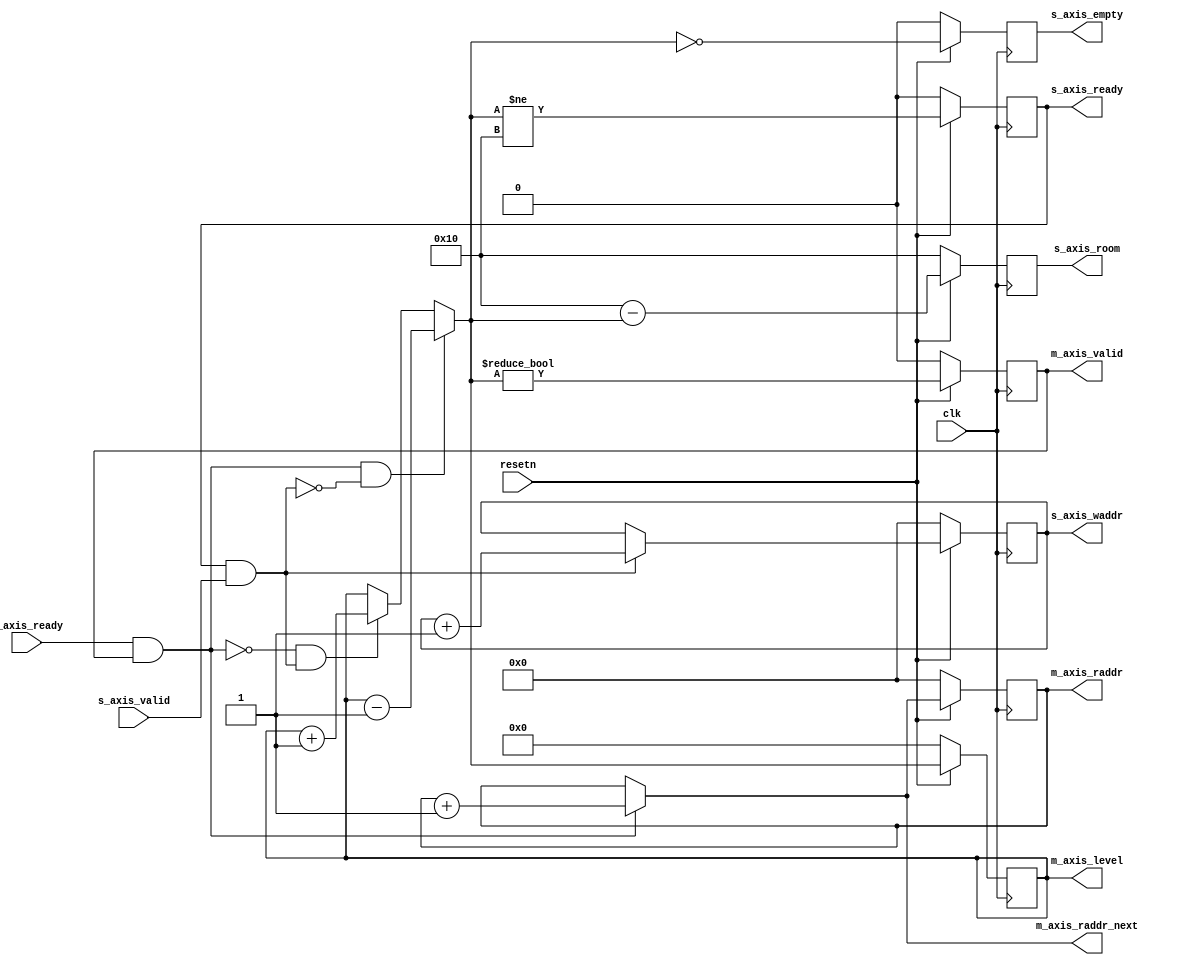
module fifo_address_sync (
	input clk,
	input resetn,

	input m_axis_ready,
	output reg m_axis_valid,
	output reg  [C_ADDRESS_WIDTH-1:0] m_axis_raddr,
	output reg [C_ADDRESS_WIDTH-1:0] m_axis_raddr_next,
	output [C_ADDRESS_WIDTH:0] m_axis_level,

	output reg s_axis_ready,
	input s_axis_valid,
	output reg s_axis_empty,
	output reg [C_ADDRESS_WIDTH-1:0] s_axis_waddr,
	output [C_ADDRESS_WIDTH:0] s_axis_room
);

parameter C_ADDRESS_WIDTH = 4;

reg [C_ADDRESS_WIDTH:0] room = 2**C_ADDRESS_WIDTH;
reg [C_ADDRESS_WIDTH:0] level = 'h00;
reg [C_ADDRESS_WIDTH:0] level_next;

assign s_axis_room = room;
assign m_axis_level = level;

wire read = m_axis_ready & m_axis_valid;
wire write = s_axis_ready & s_axis_valid;

always @(*)
begin
	if (read)
		m_axis_raddr_next <= m_axis_raddr + 1'b1;
	else
		m_axis_raddr_next <= m_axis_raddr;
end

always @(posedge clk)
begin
	if (resetn == 1'b0) begin
		s_axis_waddr <= 'h00;
		m_axis_raddr <= 'h00;
	end else begin
		if (write)
			s_axis_waddr <= s_axis_waddr + 1'b1;
		m_axis_raddr <= m_axis_raddr_next;
	end
end

always @(*)
begin
	if (read & ~write)
		level_next <= level - 1'b1;
	else if (~read & write)
		level_next <= level + 1'b1;
	else
		level_next <= level;
end

always @(posedge clk)
begin
	if (resetn == 1'b0) begin
		m_axis_valid <= 1'b0;
		s_axis_ready <= 1'b0;
		level <= 'h00;
		room <= 2**C_ADDRESS_WIDTH;
		s_axis_empty <= 'h00;
	end else begin
		level <= level_next;
		room <= 2**C_ADDRESS_WIDTH - level_next;
		m_axis_valid <= level_next != 0;
		s_axis_ready <= level_next != 2**C_ADDRESS_WIDTH;
		s_axis_empty <= level_next == 0;
	end
end

endmodule